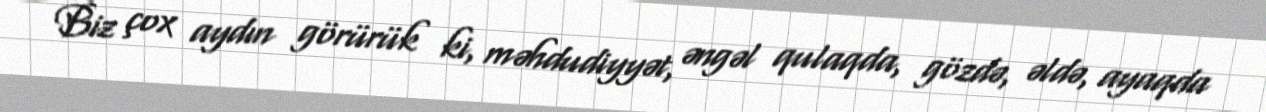
Biz çox aydın görürük ki, məhdudiyyət, əngəl qulaqda, gözdə, əldə, ayaqda